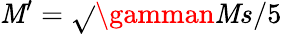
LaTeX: \mathit{M}^{\prime}=\sqrt{}{{\gamman\mathit{M}s/5}}